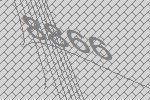
8866